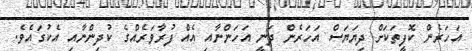
އަހަރެން ކޮފީތަކަށް ދިޔަޔަސް އަހަރެން ދަނީ އަހަންނާއި އެއް ފުރާވަރެއްގެ ކުދިންނާއި އެކުގައެވެ.